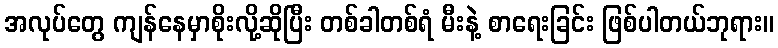
အလုပ်တွေ ကျန်နေမှာစိုးလို့ဆိုပြီး တစ်ခါတစ်ရံ မီးနဲ့ စာရေးခြင်း ဖြစ်ပါတယ်ဘုရား။